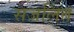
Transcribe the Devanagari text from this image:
सजलित